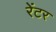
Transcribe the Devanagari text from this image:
रेंटर